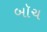
બૉચ